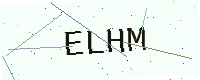
Text: ELHM